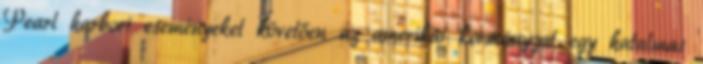
Pearl harbori eseményeket követően az amerikai kormányzat egy hatalmas